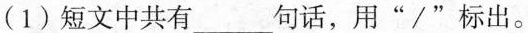
(1)短文中共有___句话，用”/”标出。